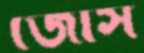
জোস